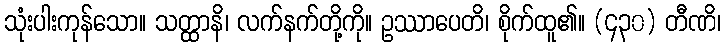
သုံးပါးကုန်သော။ သတ္ထာနိ၊ လက်နက်တို့ကို။ ဥဿာပေတိ၊ စိုက်ထူ၏။ (၄၃၀) တီဏိ၊